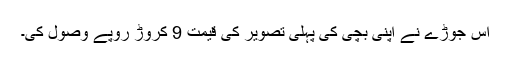
اس جوڑے نے اپنی بچی کی پہلی تصویر کی قیمت 9 کروڑ روپے وصول کی۔